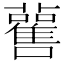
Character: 𧃼